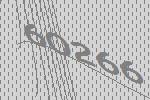
60266